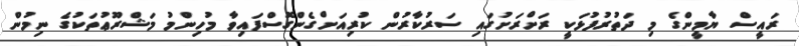
ރައީސް ޔާމީންގެ މި ދަތުރުފުޅަކީ ރަށްރަށުގައި ސަރުކާރުން ކުރިއަށްގެންގޮސްފައިވާ މުހިންމު މަޝްރޫޢުތަކުގެ ނިމުން